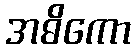
အဓိကော